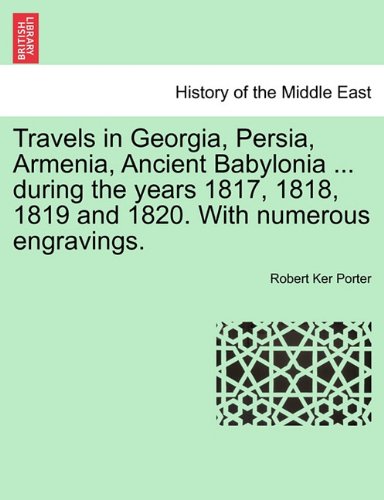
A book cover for Travels in Georgia, Persia, Armenia, Ancient Babylonia ... during the years 1817, 1818, 1819 and 1820. With numerous engravings. VOL. II; Robert Ker Porter; Travel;